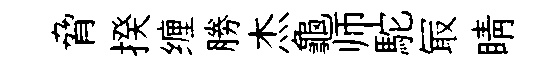
脅揆缠勝杰龜师駝冣睛